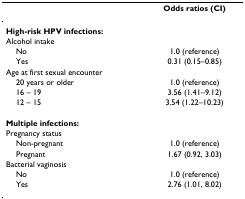
<table><thead><tr><td></td><td><b>Odds ratios (CI)</b></td></tr></thead><tbody><tr><td><b>High-risk HPV infections:</b></td><td></td></tr><tr><td>Alcohol intake</td><td></td></tr><tr><td> No</td><td>1.0 (reference)</td></tr><tr><td> Yes</td><td>0.31 (0.15–0.85)</td></tr><tr><td>Age at first sexual encounter</td><td></td></tr><tr><td> 20 years or older</td><td>1.0 (reference)</td></tr><tr><td> 16 – 19</td><td>3.56 (1.41–9.12)</td></tr><tr><td> 12 – 15</td><td>3.54 (1.22–10.23)</td></tr><tr><td><b>Multiple infections:</b></td><td></td></tr><tr><td>Pregnancy status</td><td></td></tr><tr><td> Non-pregnant</td><td>1.0 (reference)</td></tr><tr><td> Pregnant</td><td>1.67 (0.92, 3.03)</td></tr><tr><td>Bacterial vaginosis</td><td></td></tr><tr><td> No</td><td>1.0 (reference)</td></tr><tr><td> Yes</td><td>2.76 (1.01, 8.02)</td></tr></tbody></table>